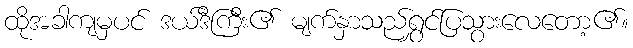
ထိုအခါကျမှပင် ဒယ်ဒီကြီး၏ မျက်နှာသည်ရွှင်ပြသွားလေတော့၏။